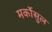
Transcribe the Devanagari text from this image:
मर्कोसुल